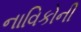
નાવિકોની